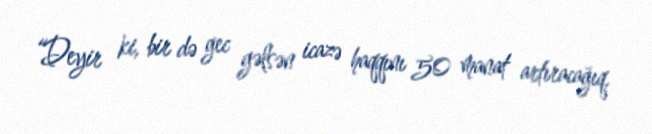
“Deyir ki, bir də gec gəlsən icazə haqqını 50 manat artıracağıq.